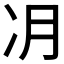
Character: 𫥂